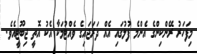
މިފަހަރު ރޭންކިންގެ އެންމެ ފުލުގައި އެއް ދަރަޖައިގެ ވެއްޓުމަކާ އެކު އޮތީ ޖިބޫޓީއެވެ.